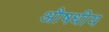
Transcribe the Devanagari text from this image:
अौषधीय